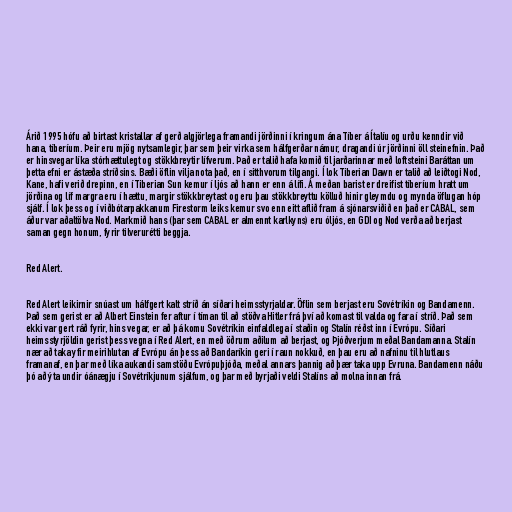
Árið 1995 hófu að birtast kristallar af gerð algjörlega framandi jörðinni í kringum ána Tíber á Ítalíu og urðu kenndir við
hana, tíberíum. Þeir eru mjög nytsamlegir, þar sem þeir virka sem hálfgerðar námur, dragandi úr jörðinni öll steinefnin. Það
er hinsvegar líka stórhættulegt og stökkbreytir lífverum. Það er talið hafa komið til jarðarinnar með loftsteini Baráttan um
þetta efni er ástæða stríðsins. Bæði öflin vilja nota það, en í sitthvorum tilgangi. Í lok Tiberian Dawn er talið að leiðtogi Nod,
Kane, hafi verið drepinn, en í Tiberian Sun kemur í ljós að hann er enn á lífi. Á meðan barist er dreifist tíberíum hratt um
jörðina og líf margra eru í hættu, margir stökkbreytast og eru þau stökkbreyttu kölluð hinir gleymdu og mynda öflugan hóp
sjálf. Í lok þess og í viðbótarpakkanum Firestorm leiks kemur svo enn eitt aflið fram á sjónarsviðið en það er CABAL, sem
áður var aðaltölva Nod. Markmið hans (þar sem CABAL er almennt karlkyns) eru óljós, en GDI og Nod verða að berjast
saman gegn honum, fyrir tilverurétti beggja.

Red Alert.

Red Alert leikirnir snúast um hálfgert kalt stríð án síðari heimsstyrjaldar. Öflin sem berjast eru Sovétríkin og Bandamenn.
Það sem gerist er að Albert Einstein fer aftur í tíman til að stöðva Hitler frá því að komast til valda og fara í stríð. Það sem
ekki var gert ráð fyrir, hins vegar, er að þá komu Sovétríkin einfaldlega í staðin og Stalín réðst inn í Evrópu. Síðari
heimsstyrjöldin gerist þess vegna í Red Alert, en með öðrum aðilum að berjast, og Þjóðverjum meðal Bandamanna. Stalín
nær að taka yfir meirihlutan af Evrópu án þess að Bandaríkin geri í raun nokkuð, en þau eru að nafninu til hlutlaus
framanaf, en þar með líka aukandi samstöðu Evrópuþjóða, meðal annars þannig að þær taka upp Evruna. Bandamenn náðu
þó að ýta undir óánægju í Sovétríkjunum sjálfum, og þar með byrjaði veldi Stalíns að molna innan frá.